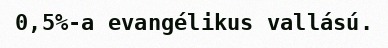
0,5%-a evangélikus vallású.